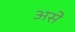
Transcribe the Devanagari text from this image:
असेे